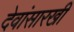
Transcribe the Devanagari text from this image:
देवांसारखी